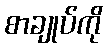
စာချုပ်ကို